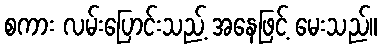
စကား လမ်းပြောင်းသည့် အနေဖြင့် မေးသည်။